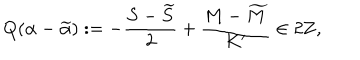
LaTeX: Q ( \alpha - \widetilde { \alpha } ) : = - \frac { S - \widetilde { S } } { 2 } + \frac { M - \widetilde { M } } { K ^ { \prime } } \in 2 { \bf Z } ,